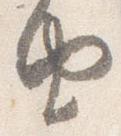
由